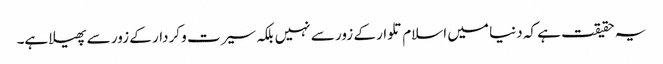
یہ حقیقت ہے کہ دنیا میں اسلام تلوار کے زور سے نہیں بلکہ سیرت و کردار کے زور سے پھیلا ہے۔